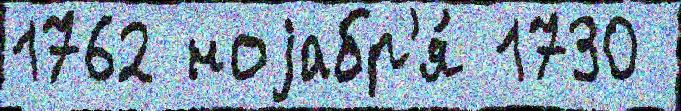
1762 ноjабр'я́ 1730